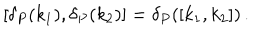
[ \delta _ { P } ( k _ { 1 } ) , \delta _ { P } ( k _ { 2 } ) ] = \delta _ { P } ( [ k _ { 1 } , k _ { 2 } ] ) \, .